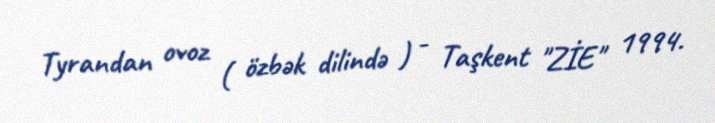
Tyrandan ovoz ( özbək dilində ) - Taşkent "ZİE" 1994.